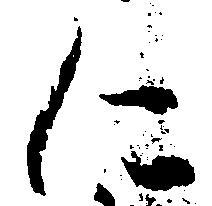
に